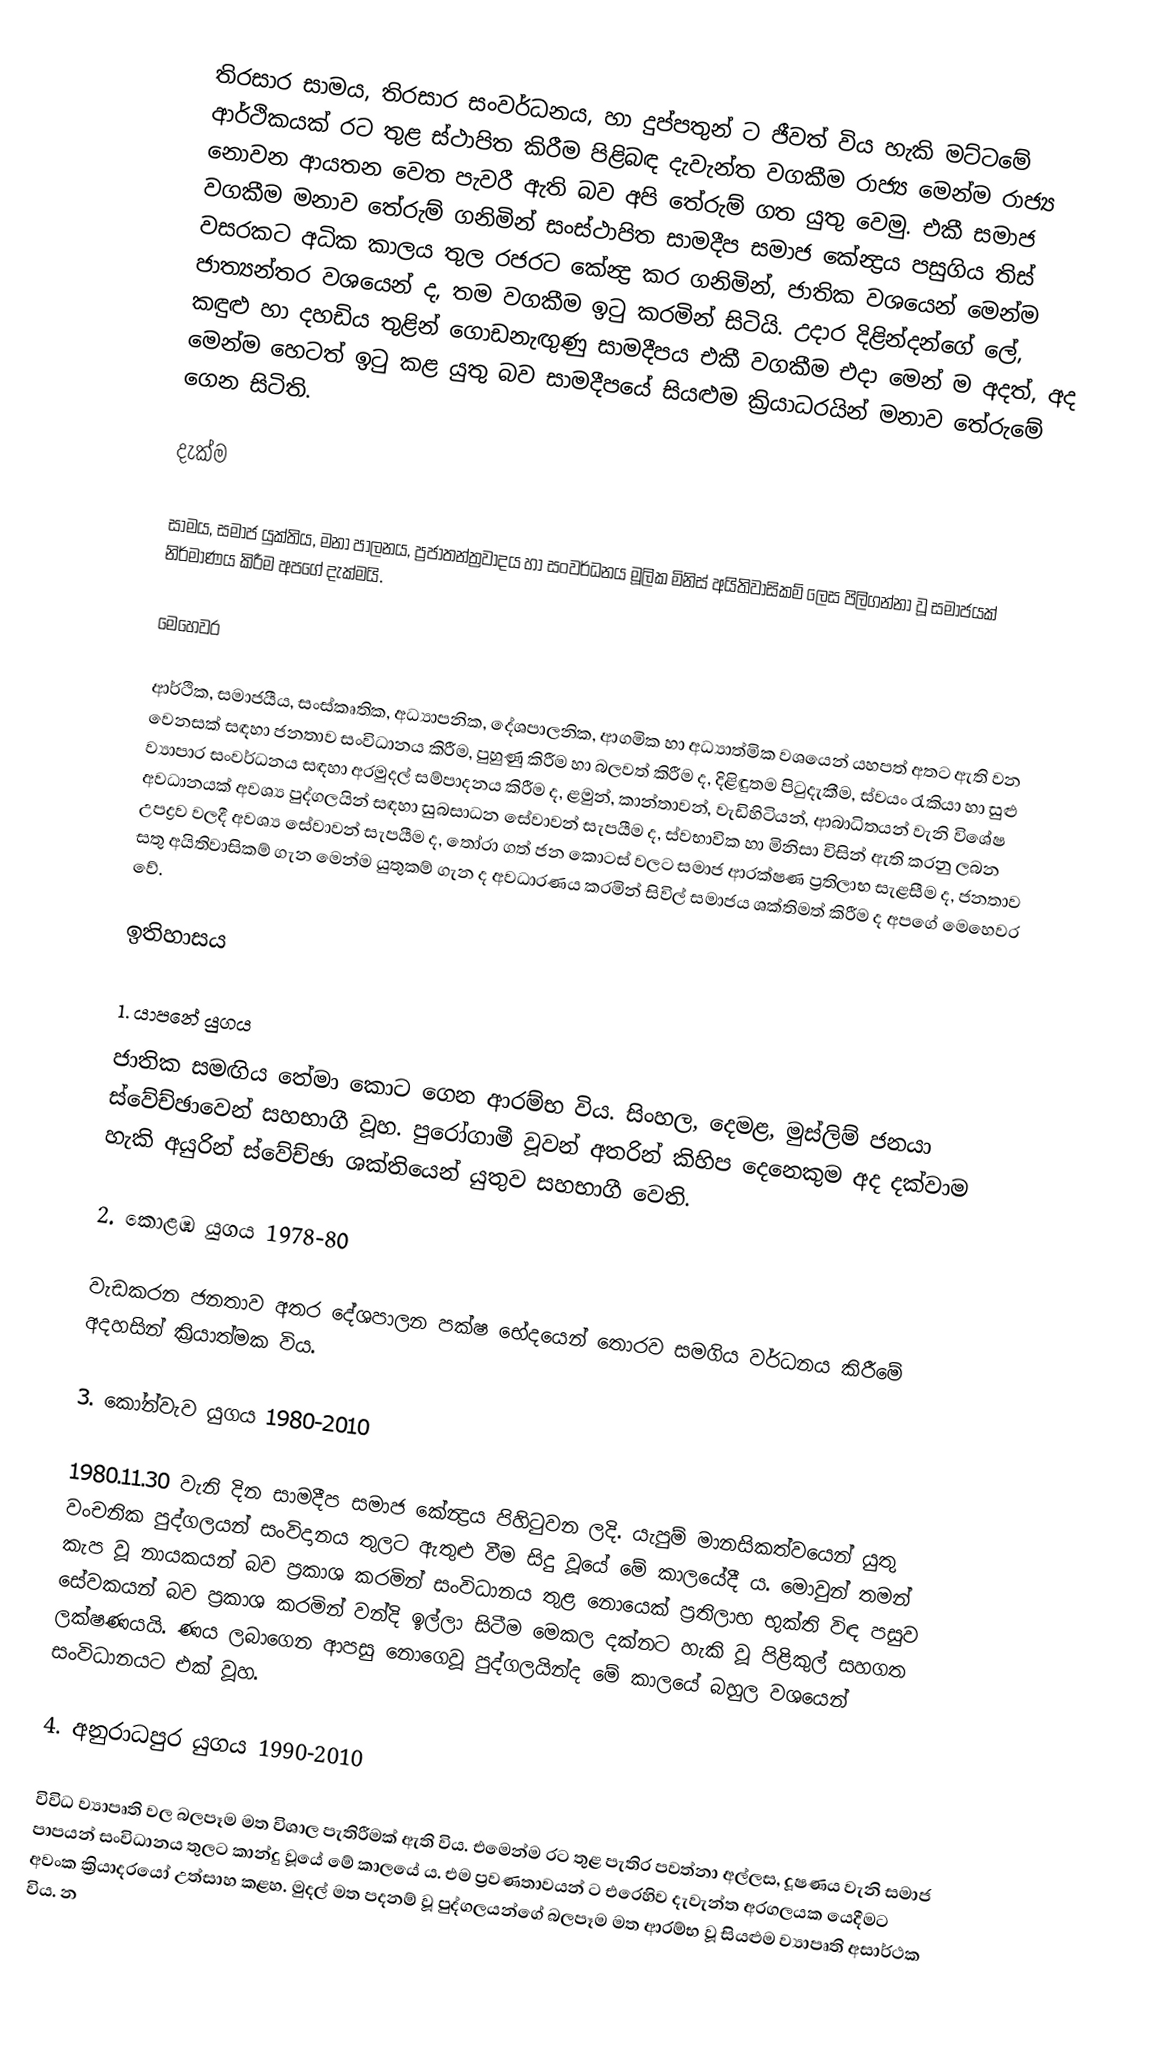
තිරසාර සාමය, තිරසාර සංවර්ධනය, හා දුප්පතුන් ට ජීවත් විය හැකි මට්ටමේ ආර්ථිකයක් රට තුළ ස්ථාපිත කිරීම පිළිබඳ දැවැන්ත වගකීම රාජ්‍ය මෙන්ම රාජ්‍ය නොවන ආයතන වෙත පැවරී ඇති බව අපි තේරුම් ගත යුතු වෙමු. එකී සමාජ වගකීම මනාව තේරුම් ගනිමින් සංස්ථාපිත සාමදීප සමාජ කේන්‍ද්‍රය පසුගිය තිස් වසරකට අධික කාලය තුල රජරට කේන්‍ද්‍ර කර ගනිමින්, ජාතික වශයෙන් මෙන්ම ජාත්‍යන්තර වශයෙන් ද, තම වගකීම ඉටු කරමින් සිටියි. උදාර දිළින්දන්ගේ ලේ, කඳුළු හා දහඩිය තුළින් ගොඩනැඟුණු සාමදීපය එකී වගකීම එදා මෙන් ම අදත්, අද මෙන්ම හෙටත් ඉටු කළ යුතු බව සාමදීපයේ සියළුම ක්‍රියාධරයින් මනාව තේරුමේ ගෙන සිටිති.

දැක්ම

සාමය, සමාජ යුක්තිය, මනා පාලනය, ප්‍රජාතන්ත්‍රවාදය හා සංවර්ධනය මූලික මිනිස් අයිතිවාසිකම් ලෙස පිලිගන්නා වූ සමාජයක් නිර්මාණය කිරීම අපගේ දැක්මයි.

මෙහෙවර

ආර්ථික, සමාජයීය, සංස්කෘතික, අධ්‍යාපනික, දේශපාලනික, ආගමික හා අධ්‍යාත්මික වශයෙන් යහපත් අතට ඇති වන වෙනසක් සඳහා ජනතාව සංවිධානය කිරීම, පුහුණු කිරීම හා බලවත් කිරීම ද, දිළිඳුතම පිටුදැකීම, ස්වයං රැකියා හා සුළු ව්‍යාපාර සංවර්ධනය සඳහා අරමුදල් සම්පාදනය කිරීම ද, ළමුන්, කාන්තාවන්, වැඩිහිටියන්, ආබාධිතයන් වැනි විශේෂ අවධානයක් අවශ්‍ය පුද්ගලයින් සඳහා සුබසාධන සේවාවන් සැපයීම ද, ස්වභාවික හා මිනිසා විසින් ඇති කරනු ලබන උපද්‍රව වලදී අවශ්‍ය සේවාවන් සැපයීම ද, තෝරා ගත් ජන කොටස් වලට සමාජ ආරක්ෂණ ප්‍රතිලාභ සැළසීම ද, ජනතාව සතු අයිතිවාසිකම් ගැන මෙන්ම යුතුකම් ගැන ද අවධාරණය කරමින් සිවිල් සමාජය ශක්තිමත් කිරීම ද අපගේ මෙහෙවර වේ.

ඉතිහාසය

1. යාපනේ යුගය
ජාතික සමඟිය තේමා කොට ගෙන ආරම්භ විය. සිංහල, දෙමළ, මුස්ලිම් ජනයා ස්වේච්ඡාවෙන් සහභාගී වූහ. පුරෝගාමී වූවන් අතරින් කිහිප දෙනෙකුම අද දක්වාම හැකි අයුරින් ස්වේච්ඡා ශක්තියෙන් යුතුව සහභාගී වෙති.

2. කොළඹ යුගය 1978-80

වැඩකරන ජනතාව අතර දේශපාලන පක්ෂ භේදයෙන් තොරව සමගිය වර්ධනය කිරීමේ අදහසින් ක්‍රියාත්මක විය.

3. කෝන්වැව යුගය 1980-2010

1980.11.30 වැනි දින සාමදීප සමාජ කේන්‍ද්‍රය පිහිටුවන ලදි. යැපුම් මානසිකත්වයෙන් යුතු වංචනික පුද්ගලයන් සංවිදානය තුලට ඇතුළු වීම සිදු වූයේ මේ කාලයේදී ය. මොවුන් තමන් කැප වූ නායකයන් බව ප්‍රකාශ කරමින් සංවිධානය තුළ නොයෙක් ප්‍රතිලාභ භුක්ති විඳ පසුව සේවකයන් බව ප්‍රකාශ කරමින් වන්දි ඉල්ලා සිටීම මෙකල දක්නට හැකි වූ පිළිකුල් සහගත ලක්ෂණයයි. ණය ලබාගෙන ආපසු නොගෙවූ පුද්ගලයින්ද මේ කාලයේ බහුල වශයෙන් සංවිධානයට එක් වූහ.

4. අනුරාධපුර යුගය 1990-2010

විවිධ ව්‍යාපෘති වල බලපෑම මත විශාල පැතිරීමක් ඇති විය. එමෙන්ම රට තුළ පැතිර පවත්නා අල්ලස, දූෂණය වැනි සමාජ පාපයන් සංවිධානය තුලට කාන්දු වූයේ මේ කාලයේ ය. එම ප්‍රවණතාවයන් ට එරෙහිව දැවැන්ත අරගලයක යෙදීමට අවංක ක්‍රියාදරයෝ උත්සාහ කළහ. මුදල් මත පදනම් වූ පුද්ගලයන්ගේ බලපෑම මත ආරම්භ වූ සියළුම ව්‍යාපෘති අසාර්ථක විය. න